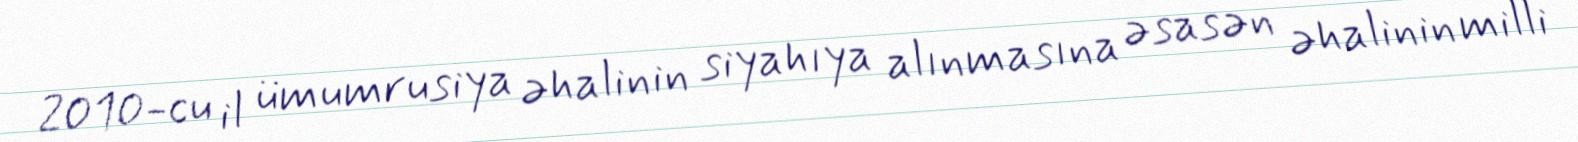
2010-cu il ümumrusiya əhalinin siyahıya alınmasına əsasən əhalinin milli